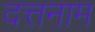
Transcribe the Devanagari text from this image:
दत्तनाम